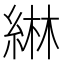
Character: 綝